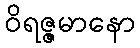
ဝိရဇ္ဇမာနော